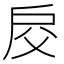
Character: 𢨰